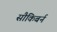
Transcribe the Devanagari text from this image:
सौकिबर्न